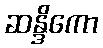
ဆန္ဒိကော